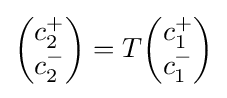
{\begin{pmatrix}c_{2}^{+}\\c_{2}^{-}\end{pmatrix}}=T{\begin{pmatrix}c_{1}^{+}\\c_{1}^{-}\end{pmatrix}}